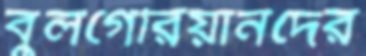
বুলগেরিয়ানদের